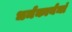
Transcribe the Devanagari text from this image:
धर्मकार्यमां